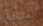
المتأنق